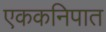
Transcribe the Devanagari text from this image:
एककनिपात